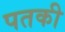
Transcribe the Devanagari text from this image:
पतकी